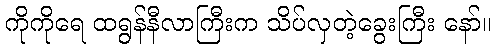
ကိုကိုရေ ထရွန်နီလာကြီးက သိပ်လှတဲ့ခွေးကြီး နော်။